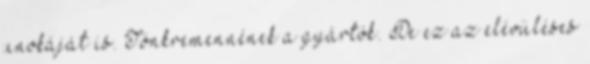
unokáját is. Tönkremennének a gyártók. De ez az elévüléses